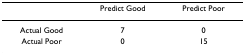
<table><thead><tr><td></td><td><b>Predict Good</b></td><td><b>Predict Poor</b></td></tr></thead><tbody><tr><td>Actual Good</td><td>7</td><td>0</td></tr><tr><td>Actual Poor</td><td>0</td><td>15</td></tr></tbody></table>